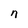
Character: n